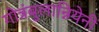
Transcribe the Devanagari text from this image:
गोत्रंबुलान्नियेनी